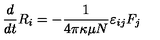
{ \frac { d } { d t } } R _ { i } = - { \frac { 1 } { 4 \pi \kappa \mu N } } \varepsilon _ { i j } F _ { j }